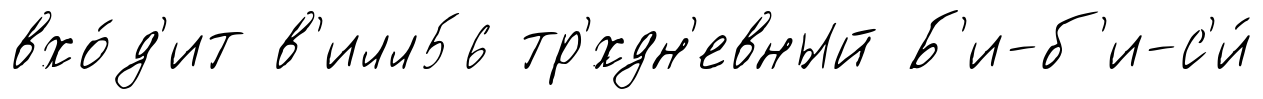
вхо́д'ит в'илл56 тр'́хдн'евный Б'и-б'и-с'и́